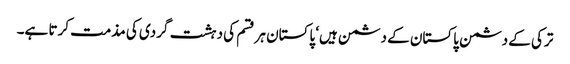
ترکی کے دشمن پاکستان کے دشمن ہیں‘ پاکستان ہر قسم کی دہشت گردی کی مذمت کرتا ہے۔